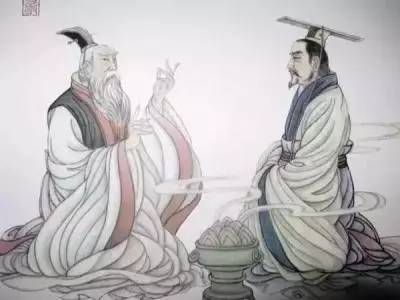
欲为君尽君道，欲为臣尽臣道